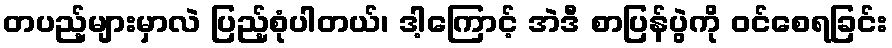
တပည့်များမှာလဲ ပြည့်စုံပါတယ်၊ ဒါ့ကြောင့် အဲဒီ စာပြန်ပွဲကို ဝင်စေရခြင်း